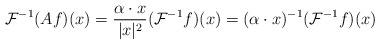
\begin{align*} \mathcal{F}^{-1} (Af)(x) = \frac{\alpha \cdot x}{|x|^{2}} (\mathcal{F}^{-1}f)(x)= (\alpha \cdot x)^{-1} (\mathcal{F}^{-1}f)(x)\end{align*}